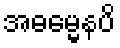
အဓမ္မေနပိ